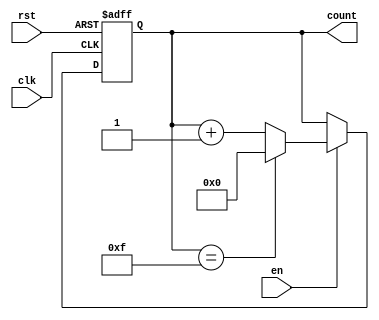
module synchronous_counter (
    input wire clk,      // Clock input
    input wire rst,      // Asynchronous reset input (active high)
    input wire en,       // Enable input (active high)
    output reg [N-1:0] count // Counter output
);

// Parameter for counter width (N bits)
parameter N = 4; // You can change N to your desired width

// Always block for synchronous operation
always @(posedge clk or posedge rst) begin
    if (rst) begin
        count <= 0;  // Reset the counter to zero
    end else if (en) begin
        if (count == (2**N - 1)) begin
            count <= 0; // Wrap around on max count
        end else begin
            count <= count + 1; // Increment the counter
        end
    end
end

endmodule